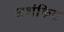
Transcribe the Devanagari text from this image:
अशंकित